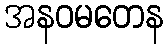
အနဝမတေန